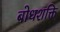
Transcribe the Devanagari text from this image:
बोधशक्ति